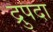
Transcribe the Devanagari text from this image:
द्रुपदा